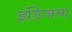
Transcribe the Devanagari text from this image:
इंडिजचा